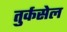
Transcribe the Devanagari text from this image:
तुर्कसेल